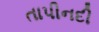
તાપીનદી